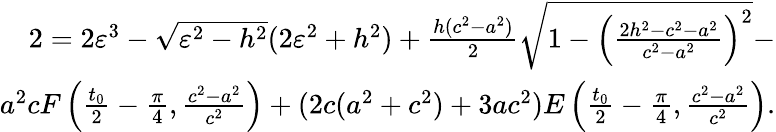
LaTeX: \begin{array}{r}{2=2\varepsilon^{3}-\sqrt{\varepsilon^{2}-h^{2}}(2\varepsilon^{2}+h^{2})+\frac{h(c^{2}-a^{2})}{2}\sqrt{1-\left(\frac{2h^{2}-c^{2}-a^{2}}{c^{2}-a^{2}}\right)^{2}}-}\\ {a^{2}cF\left(\frac{t_{0}}{2}-\frac{\pi}{4},\frac{c^{2}-a^{2}}{c^{2}}\right)+(2c(a^{2}+c^{2})+3ac^{2})E\left(\frac{t_{0}}{2}-\frac{\pi}{4},\frac{c^{2}-a^{2}}{c^{2}}\right).}\end{array}